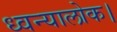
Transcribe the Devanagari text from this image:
ध्वन्यालोक।